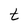
Character: t